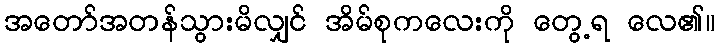
အတော်အတန်သွားမိလျှင် အိမ်စုကလေးကို တွေ့ရ လေ၏။